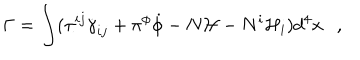
LaTeX: \Gamma = \int ( \pi ^ { i j } \dot { \gamma } _ { i j } + \pi ^ { \phi } \dot { \phi } - N { \mathcal { H } } - N ^ { i } { \mathcal { H } } _ { i } ) d ^ { 4 } x ,